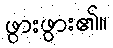
ဖွားဖွား၏။